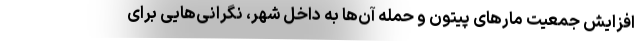
افزایش جمعیت مارهای پیتون و حمله آن‌ها به داخل شهر، نگرانی‌هایی برای